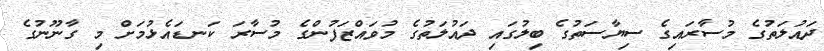
ދައުލަތުގެ މުސާރައިގެ ސިޔާސަތުގެ ބިލުގައި ދައުލަތުގެ މުވައްޒަފުންގެ މުސާރަ ކަނޑައެޅުމަށް މި ގާނޫނުގެ